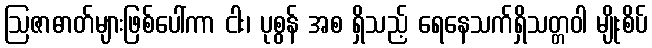
ဩဇာဓာတ်များဖြစ်ပေါ်ကာ ငါး၊ ပုစွန် အစ ရှိသည့် ရေနေသက်ရှိသတ္တဝါ မျိုးစိပ်